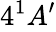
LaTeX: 4^{1}A_{}^{\prime}